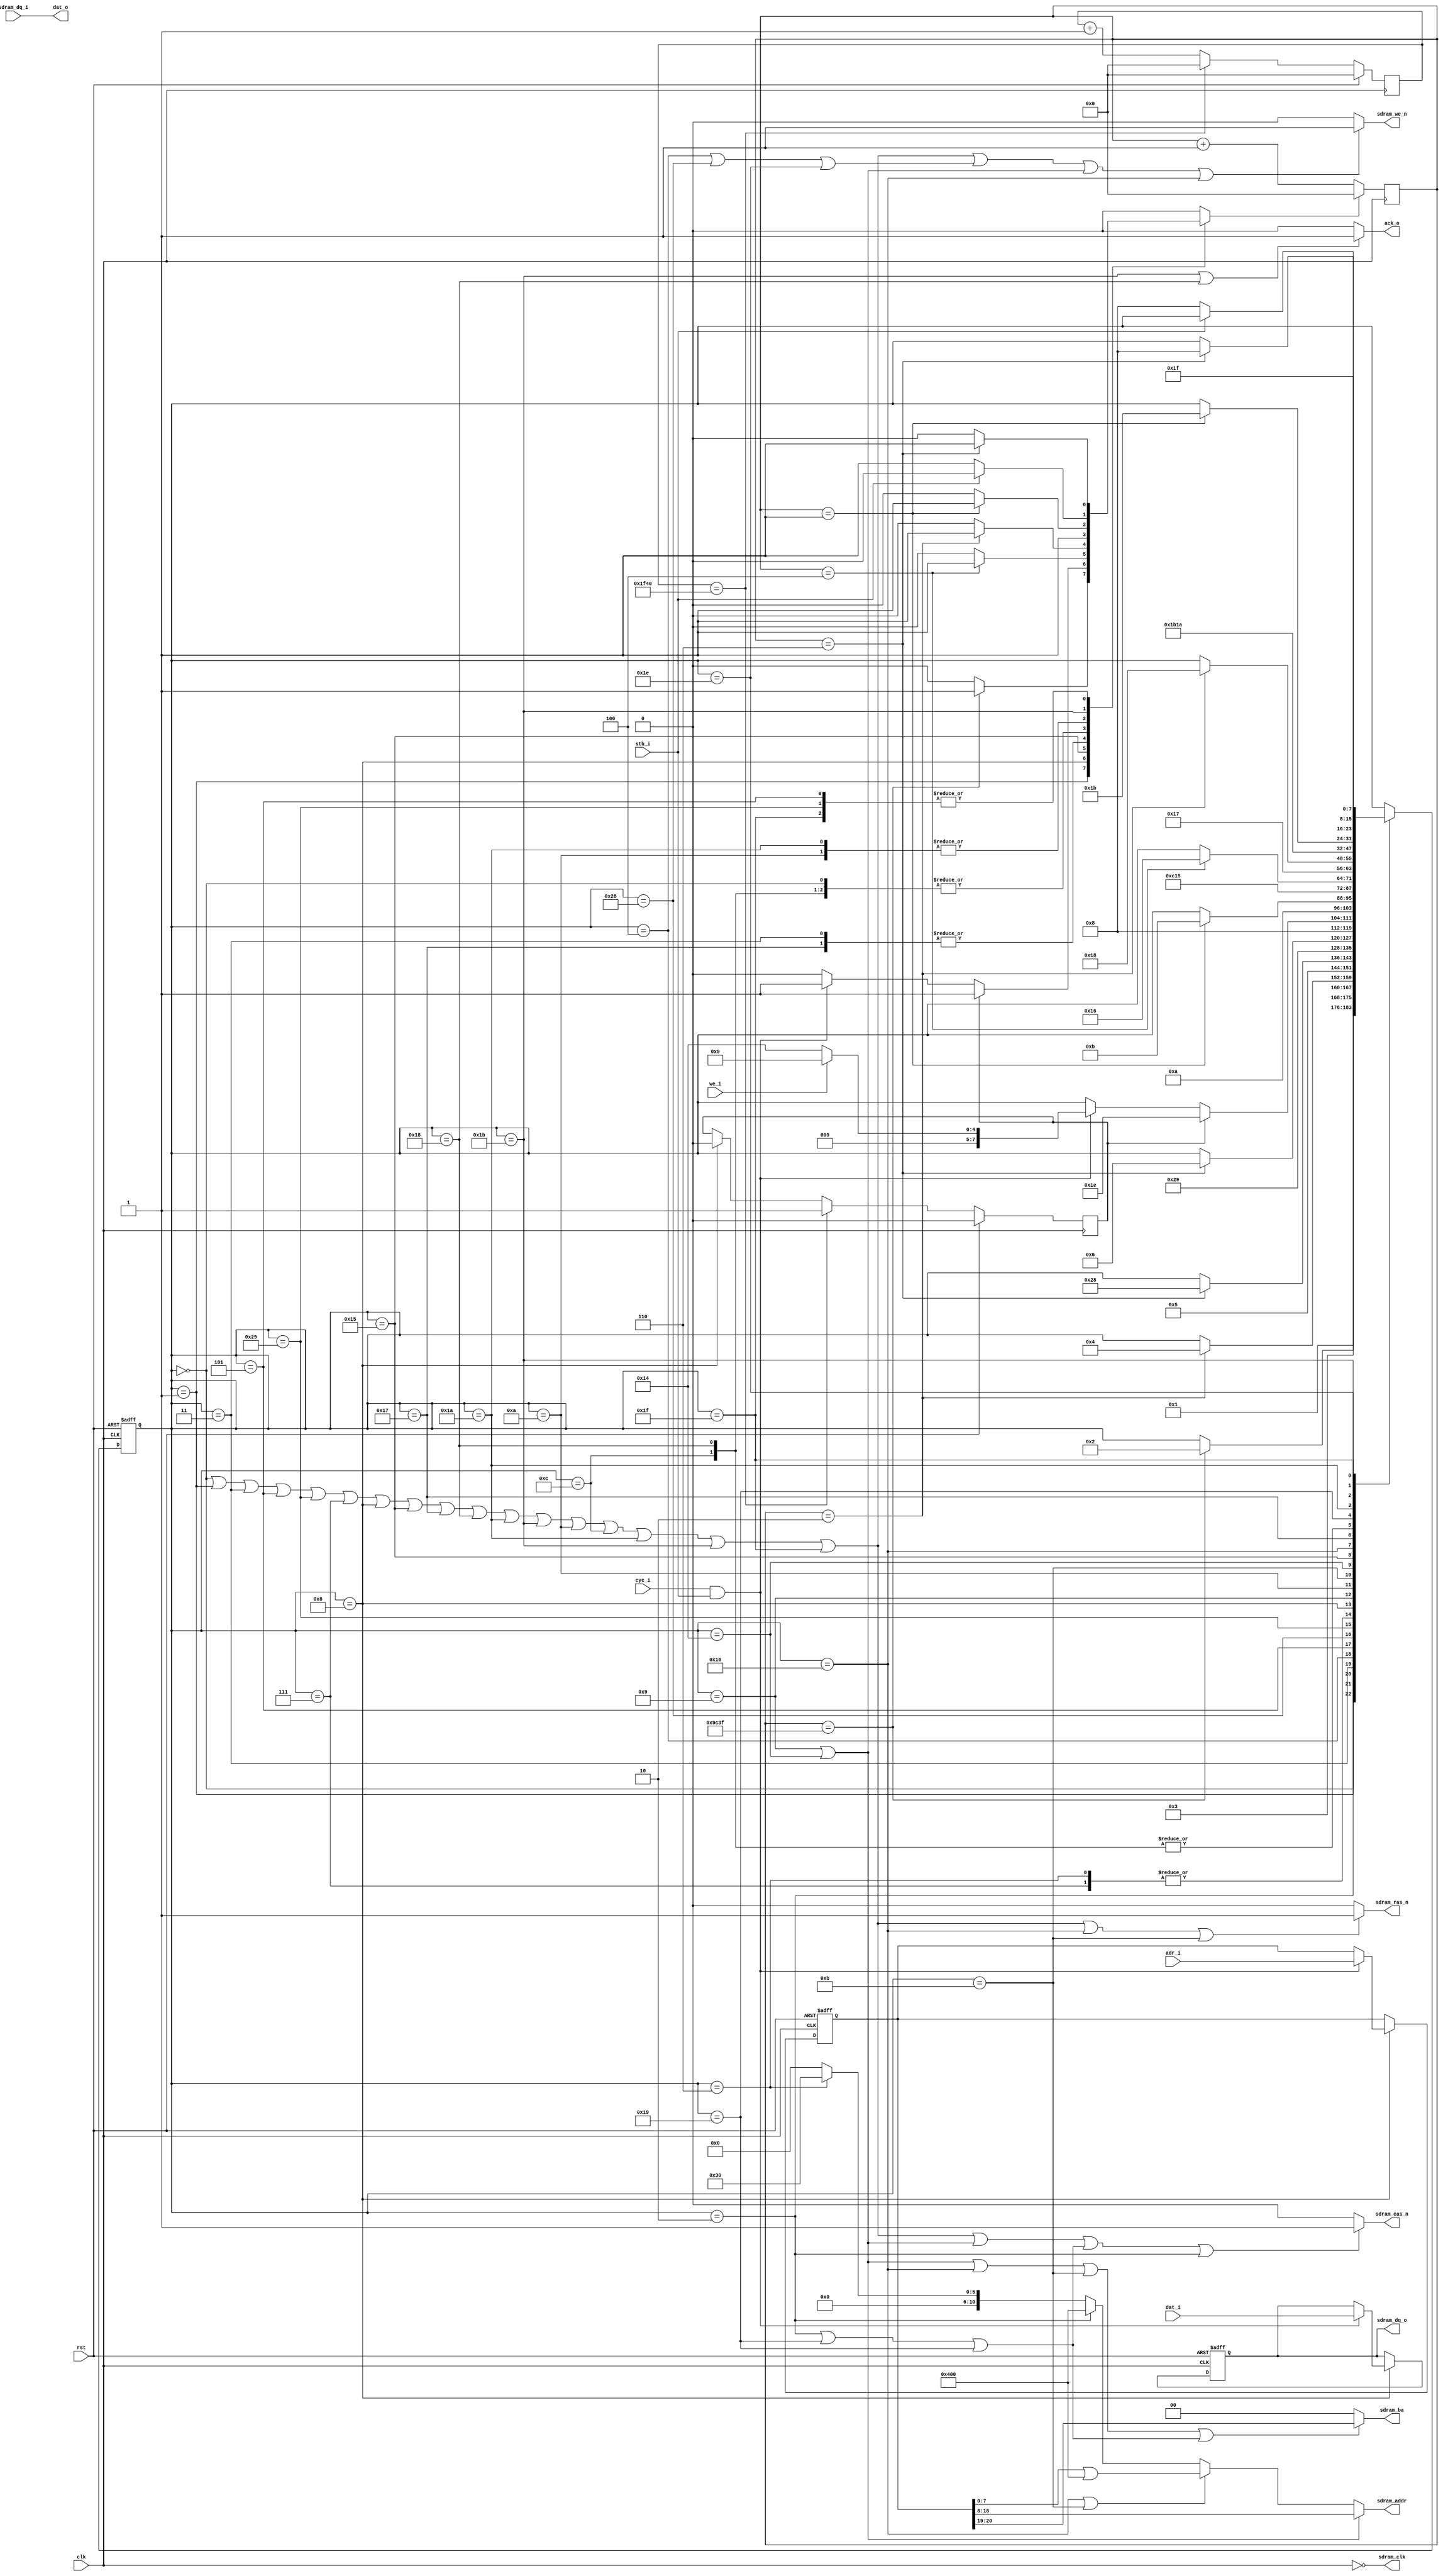
/*
 * sdram_wb.v
 *
 * vim: ts=4 sw=4
 *
 * Copyright (C) 2020  Chris Conradie <zl2cco@gmail.com>
 * All rights reserved.
 *
 * BSD 3-clause, see LICENSE.bsd
 *
 * Redistribution and use in source and binary forms, with or without
 * modification, are permitted provided that the following conditions are met:
 *     * Redistributions of source code must retain the above copyright
 *       notice, this list of conditions and the following disclaimer.
 *     * Redistributions in binary form must reproduce the above copyright
 *       notice, this list of conditions and the following disclaimer in the
 *       documentation and/or other materials provided with the distribution.
 *     * Neither the name of the <organization> nor the
 *       names of its contributors may be used to endorse or promote products
 *       derived from this software without specific prior written permission.
 *
 * THIS SOFTWARE IS PROVIDED BY THE COPYRIGHT HOLDERS AND CONTRIBUTORS "AS IS" AND
 * ANY EXPRESS OR IMPLIED WARRANTIES, INCLUDING, BUT NOT LIMITED TO, THE IMPLIED
 * WARRANTIES OF MERCHANTABILITY AND FITNESS FOR A PARTICULAR PURPOSE ARE
 * DISCLAIMED. IN NO EVENT SHALL <COPYRIGHT HOLDER> BE LIABLE FOR ANY
 * DIRECT, INDIRECT, INCIDENTAL, SPECIAL, EXEMPLARY, OR CONSEQUENTIAL DAMAGES
 * (INCLUDING, BUT NOT LIMITED TO, PROCUREMENT OF SUBSTITUTE GOODS OR SERVICES;
 * LOSS OF USE, DATA, OR PROFITS; OR BUSINESS INTERRUPTION) HOWEVER CAUSED AND
 * ON ANY THEORY OF LIABILITY, WHETHER IN CONTRACT, STRICT LIABILITY, OR TORT
 * (INCLUDING NEGLIGENCE OR OTHERWISE) ARISING IN ANY WAY OUT OF THE USE OF THIS
 * SOFTWARE, EVEN IF ADVISED OF THE POSSIBILITY OF SUCH DAMAGE.
 */

`default_nettype none

module sdram_wb #(
	parameter integer ADDR_WIDTH = 21,	/* Word address, 1 Mbytes */
	parameter integer DATA_WIDTH = 32,

	// auto
	parameter integer AL = ADDR_WIDTH - 1,
	parameter integer DL = DATA_WIDTH - 1
)(
	// Wishbone Interface
	input  wire [AL:0] adr_i,
	input  wire [DL:0] dat_i,
	input  wire        cyc_i,
	input  wire        stb_i,
	input  wire        we_i,

	output wire [DL:0] dat_o,
	output wire        ack_o,

	// SDRAM signals
	input  wire [DL:0] sdram_dq_i,
	output wire [DL:0] sdram_dq_o,
	output wire [10:0] sdram_addr,
	output wire [1:0]  sdram_ba,

	output wire        sdram_we_n,
	output wire        sdram_cas_n,
	output wire        sdram_ras_n,
	output wire        sdram_clk,

	// Common
	input  wire clk,
	input  wire rst
);

	// Constants
	// ---------
	localparam integer COUNTER_WIDTH = 22;
	localparam integer CW = COUNTER_WIDTH - 1;


`ifdef SIM
	localparam [CW:0]  CC_STARTUP_DELAY = 22'd5;
	localparam [CW:0]  REFRESH_PERIOD_CYCLES = 22'd100;
`else
	localparam [CW:0]  CC_STARTUP_DELAY = 22'd40000;			// wait for a minimum of 200us, make this 400us
	localparam [CW:0]  REFRESH_PERIOD_CYCLES = 22'd8000; 		// tREF(max)=32ms, we used 16ms
`endif

	localparam [10:0] MODE_ADDR = 11'b00000110000;	// 00000 011 0 000
													//        |  |  |
													//        |  |  BURST LENGTH = 1
													//		  |  WRAP TYPE = Sequential
													//        LATENCY = 3
	localparam		  MODE_BA = 2'b00;


	localparam [7:0]
		ST_START = 0,
		ST_START_WAIT_STARTUP = 1,
		ST_START_ISSUE_PRE_CHARGE = 2,
		ST_START_WAIT_PRE_CHARGE = 3,
		ST_START_ISSUE_AUTO_REFRESH = 4,
		ST_START_WAIT_AUTO_REFRESH = 5,
		ST_START_ISSUE_AUTO_REFRESH2 = 40,
		ST_START_WAIT_AUTO_REFRESH2 = 41,
		ST_START_ISSUE_SET_MODE_REG = 6,
		ST_START_WAIT_SET_MODE_REG = 7,

		ST_IDLE = 8,

		ST_WRITE_ISSUE_OPEN_ROW=9,
		ST_WRITE_WAIT_OPEN_ROW=10,
		ST_WRITE_ISSUE_WRITE=11,
		ST_WRITE_WAIT_WRITE=12,
		ST_WRITE_ISSUE_PRECHARGE=13,
		ST_WRITE_WAIT_PRECHARGE=14,
		ST_WRITE_WAIT_EOSTB=15,

		ST_READ_ISSUE_OPEN_ROW=20,
		ST_READ_WAIT_OPEN_ROW=21,
		ST_READ_ISSUE_READ=22,
		ST_READ_WAIT_READ=23,
		ST_READ_LATCH_DATA=24,

		ST_ISSUE_PRECHARGE=25,
		ST_WAIT_PRECHARGE=26,
		ST_WAIT_EOSTB=27,

		ST_ISSUE_AUTO_REFRESH=30,
		ST_WAIT_AUTO_REFRESH=31;



	// Signals
	// -------

	// Control
	reg  [7:0]  ctrl_state;
	reg  [7:0]  ctrl_state_nxt;

	reg  [DL:0] rdata, rdata_nxt;
	reg  [DL:0] wdata, wdata_nxt;
	reg  [AL:0] address, address_nxt;

	wire [7:0]  ca;
	wire [10:0] ra;
	wire        a10;
	wire [1:0]  ba;

	wire 		cmd_nop;
	wire        cmd_auto_refresh;
	wire        cmd_open_row;
	wire        cmd_read;
	wire        cmd_write;
	wire        cmd_precharge;
	wire        cmd_precharge_both;
	wire 		cmd_set_mode_reg;

	// Counter
	reg  [CW:0] counter;
	reg  [CW:0] refresh_counter;
	reg         counter_rst;

	reg         refresh, refresh_nxt;

	// Control
	// -------

	// Counter register
	always @(posedge clk) 
		if (counter_rst) 
			counter <= 0;
		else
			counter <= counter + 1;


	// Refresh Counter register
	always @(posedge clk) 
		if (rst) begin
			refresh_counter <= 0;
			refresh <= 0;
		end
		else if (refresh_counter == REFRESH_PERIOD_CYCLES) begin
			refresh_counter <= 0;
			refresh <= 1;		
		end
		else begin
			refresh_counter <= refresh_counter + 1;
			refresh <= refresh_nxt;		
		end

	// FSM state register
	always @(posedge clk or posedge rst)
		if (rst) 
			ctrl_state <= ST_START;
		else
			ctrl_state <= ctrl_state_nxt;

	// Address and data register
	always @(posedge clk or posedge rst)
		if (rst) begin
			address <= 20'd0;
			rdata   <= 32'd0;
			wdata   <= 32'd0;
		end
		else begin
			address <= address_nxt;
			rdata   <= rdata_nxt;			
			wdata   <= wdata_nxt;			
		end

	// FSM next-state logic
	always @(*)
	begin
		// Default is not to move
		ctrl_state_nxt = ctrl_state;
		address_nxt    = address;
		rdata_nxt      = rdata;
		wdata_nxt      = wdata;
		counter_rst    = 0;
		refresh_nxt    = refresh;

		// State change logic
		case (ctrl_state)

			// Startup
			//--------
			ST_START: begin
				ctrl_state_nxt = ST_START_WAIT_STARTUP;
				counter_rst = 1;
			end
			ST_START_WAIT_STARTUP:
				if (counter == (CC_STARTUP_DELAY-1)) begin
					counter_rst = 1;
					ctrl_state_nxt = ST_START_ISSUE_PRE_CHARGE;
				end
			ST_START_ISSUE_PRE_CHARGE:
				ctrl_state_nxt = ST_START_WAIT_PRE_CHARGE;

			ST_START_WAIT_PRE_CHARGE:
				if (counter == 2) begin
					counter_rst = 1;
					ctrl_state_nxt = ST_START_ISSUE_AUTO_REFRESH;
				end
			ST_START_ISSUE_AUTO_REFRESH:
				ctrl_state_nxt = ST_START_WAIT_AUTO_REFRESH;
			ST_START_WAIT_AUTO_REFRESH:
				if (counter == (7-1)) begin
					counter_rst = 1;
					ctrl_state_nxt = ST_START_ISSUE_AUTO_REFRESH2;
				end
			ST_START_ISSUE_AUTO_REFRESH2:
				ctrl_state_nxt = ST_START_WAIT_AUTO_REFRESH2;
			ST_START_WAIT_AUTO_REFRESH2:
				if (counter == (7-1)) begin
					counter_rst = 1;
					ctrl_state_nxt = ST_START_ISSUE_SET_MODE_REG;
				end
			ST_START_ISSUE_SET_MODE_REG:
				ctrl_state_nxt = ST_IDLE;
			ST_START_WAIT_SET_MODE_REG:     // TODO: REMOVE
				ctrl_state_nxt = ST_IDLE;


			// IDLE, WAIT FOR NEXT BUS CYCLE
			//------------------------------
			ST_IDLE: begin
				if (cyc_i && stb_i) begin
					counter_rst = 1;
					address_nxt = adr_i;
					wdata_nxt   = dat_i;

					if (we_i)
						ctrl_state_nxt = ST_WRITE_ISSUE_OPEN_ROW;
					else 
						ctrl_state_nxt = ST_READ_ISSUE_OPEN_ROW;
				end

				if (refresh) begin
					counter_rst = 1;
					refresh_nxt = 0;
					ctrl_state_nxt = ST_ISSUE_AUTO_REFRESH;
				end
			end

				//TODO: AUTO REFRESH process

			// WRITE
			//------
			ST_WRITE_ISSUE_OPEN_ROW: begin
				ctrl_state_nxt = ST_WRITE_WAIT_OPEN_ROW;
				counter_rst = 1;
			end
			ST_WRITE_WAIT_OPEN_ROW:
				if (counter == 1) begin
					counter_rst = 1;
					ctrl_state_nxt = ST_WRITE_ISSUE_WRITE;
				end
			ST_WRITE_ISSUE_WRITE: begin
				ctrl_state_nxt = ST_WRITE_WAIT_WRITE;
			end
			ST_WRITE_WAIT_WRITE: begin
				counter_rst = 1;
//				ctrl_state_nxt = ST_ISSUE_PRECHARGE;				
				ctrl_state_nxt = ST_WAIT_EOSTB;
			end

			// READ
			//-----
			ST_READ_ISSUE_OPEN_ROW: begin
				ctrl_state_nxt = ST_READ_WAIT_OPEN_ROW;
				counter_rst = 1;
			end
			ST_READ_WAIT_OPEN_ROW:
				if (counter == 4) begin
//				if (counter == 1) begin
					counter_rst = 1;
					ctrl_state_nxt = ST_READ_ISSUE_READ;
				end
			ST_READ_ISSUE_READ:
				ctrl_state_nxt = ST_READ_WAIT_READ;
			ST_READ_WAIT_READ:
				if (counter == 2) begin 
					counter_rst = 1;
					ctrl_state_nxt = ST_READ_LATCH_DATA;
				end
			ST_READ_LATCH_DATA: begin
//				ctrl_state_nxt = ST_ISSUE_PRECHARGE;
				ctrl_state_nxt = ST_WAIT_EOSTB;
				`ifdef SIM
					rdata_nxt = 32'haabbccdd; // sdram_dq_i;
				`else
					rdata_nxt = sdram_dq_i;
				`endif				
				counter_rst = 1;
			end


			// PRECHARGE
			//==========
			ST_ISSUE_PRECHARGE:
				ctrl_state_nxt = ST_WAIT_PRECHARGE;
			ST_WAIT_PRECHARGE:
				if (counter == 1) begin
					counter_rst = 1;
					ctrl_state_nxt = ST_WAIT_EOSTB;
				end
			ST_WAIT_EOSTB:
				if (~stb_i) begin
					counter_rst = 1;
					ctrl_state_nxt = ST_IDLE;
				end

			// AUTO REFRESH
			//-------------
			ST_ISSUE_AUTO_REFRESH:
				ctrl_state_nxt = ST_WAIT_AUTO_REFRESH;
			ST_WAIT_AUTO_REFRESH:
				if (counter == 6) begin
					counter_rst = 1;
					ctrl_state_nxt = ST_IDLE;
				end
		endcase
	end


//====================================================================
//FIXME: 
//	FIXED 1. RAS|CAS|WE low means mode reg, change to NOP when waiting
//====================================================================

	// State conditions
	// assign ctrl_bus_mode = ctrl_state == ST_BUS_MODE;
	assign cmd_nop           =   (ctrl_state == ST_START)
	                           ||(ctrl_state == ST_START_WAIT_STARTUP)
	                           ||(ctrl_state == ST_START_WAIT_PRE_CHARGE)
	                           ||(ctrl_state == ST_START_WAIT_AUTO_REFRESH)
	                           ||(ctrl_state == ST_START_WAIT_AUTO_REFRESH2)
	                           ||(ctrl_state == ST_START_WAIT_SET_MODE_REG)

	                           ||(ctrl_state == ST_IDLE)

	                           ||(ctrl_state == ST_READ_WAIT_OPEN_ROW)
	                           ||(ctrl_state == ST_READ_WAIT_READ)
	                           ||(ctrl_state == ST_READ_LATCH_DATA)
	                           ||(ctrl_state == ST_WAIT_PRECHARGE)
	                           ||(ctrl_state == ST_WAIT_EOSTB)

	                           ||(ctrl_state == ST_WRITE_WAIT_OPEN_ROW)
	                           ||(ctrl_state == ST_WRITE_WAIT_WRITE)
	                           ||(ctrl_state == ST_WAIT_PRECHARGE)
	                           ||(ctrl_state == ST_WAIT_EOSTB)

	                           ||(ctrl_state == ST_WAIT_AUTO_REFRESH);
	
	assign cmd_auto_refresh  =   (ctrl_state == ST_START_ISSUE_AUTO_REFRESH)
	                           ||(ctrl_state == ST_START_ISSUE_AUTO_REFRESH2)
	                           ||(ctrl_state == ST_ISSUE_AUTO_REFRESH);
	
	assign cmd_open_row      =   (ctrl_state == ST_WRITE_ISSUE_OPEN_ROW)
	                           ||(ctrl_state == ST_READ_ISSUE_OPEN_ROW);
	
	assign cmd_read          =   (ctrl_state == ST_READ_ISSUE_READ);
	
	assign cmd_write         =   (ctrl_state == ST_WRITE_ISSUE_WRITE);

	assign cmd_precharge     =   (ctrl_state == ST_START_ISSUE_PRE_CHARGE)
	                           ||(ctrl_state == ST_ISSUE_PRECHARGE)
	                           ||(ctrl_state == ST_ISSUE_PRECHARGE);

	assign cmd_precharge_both=   (ctrl_state == ST_START_ISSUE_PRE_CHARGE);

	assign cmd_set_mode_reg  =   (ctrl_state == ST_START_ISSUE_SET_MODE_REG);

	// Memory interface
	// ----------------

	// Issue commands

	assign sdram_we_n  = (cmd_nop || cmd_auto_refresh || cmd_open_row || cmd_read) 
							? 1 : 0;

	assign sdram_cas_n = (cmd_nop || cmd_open_row || cmd_precharge || cmd_precharge_both) 
							? 1 : 0;

	assign sdram_ras_n = (cmd_nop || cmd_read || cmd_write) 
							? 1 : 0;


	// Clock

	assign sdram_clk   = ~clk;


	// Set address and data lines, capture data

	assign sdram_dq_o  = wdata;

	assign sdram_addr  = (cmd_open_row)          ? ra 
	                    :(cmd_read || cmd_write) ? (ca | 11'b10000000000)  
	                    :(cmd_precharge_both)    ? 11'b10000000000 
	                    :(cmd_set_mode_reg)      ? MODE_ADDR
	                    : 0 ;

	assign sdram_ba    = (cmd_open_row || cmd_read || cmd_write || cmd_precharge) ? ba 
	                    :(cmd_set_mode_reg) ? MODE_BA
	                    : 0;


	// Decode address

	assign ca = address[7:0];
	assign ra = address[18:8];
	assign ba = address[20:19];
	assign a10= sdram_addr[10];




	// Wishbone interface
	// ----------------

	// Wishbone acknowledge 
	assign ack_o       = (ctrl_state == ST_WAIT_EOSTB)  
	                   ||(ctrl_state == ST_READ_LATCH_DATA)
	                        ? 1 : 0;

//	assign dat_o       = rdata;
	assign dat_o       = sdram_dq_i;

endmodule